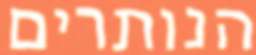
הנותרים